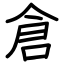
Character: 倉